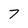
Character: 7